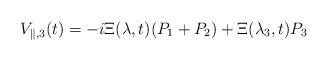
LaTeX: \begin{align*}V_{\parallel,3}(t)= -i\Xi(\lambda,t)(P_{1}+P_{2})+\Xi(\lambda_{3},t)P_{3}\end{align*}